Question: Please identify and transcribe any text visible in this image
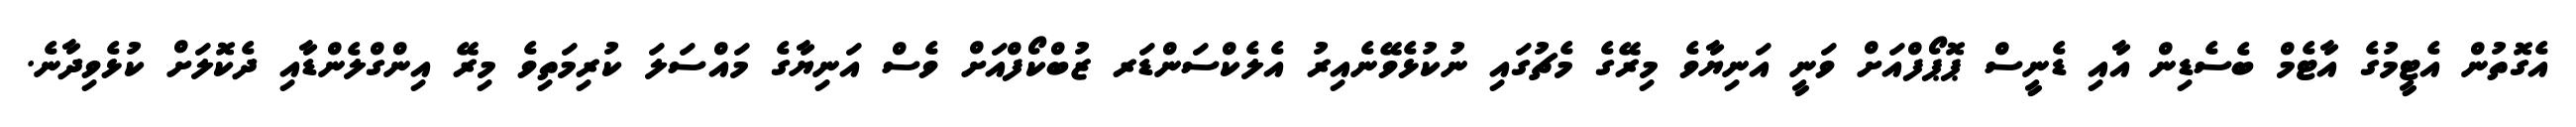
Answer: އެގޮތުން އެޓީމުގެ އާޓެމް ބެސެޑިން އާއި ޑެނީސް ޕޮޕޯފްއަށް ވަނީ އަނިޔާވެ މިރޭގެ މެޗުގައި ނުކުޅެވޭނެއިރު އެލެކްސަންޑަރ ޒުބްކޯފްއަށް ވެސް އަނިޔާގެ މައްސަލަ ކުރިމަތިވެ މިރޭ އިންގްލެންޑާއި ދެކޮލަށް ކުޅެވިދާނެ.